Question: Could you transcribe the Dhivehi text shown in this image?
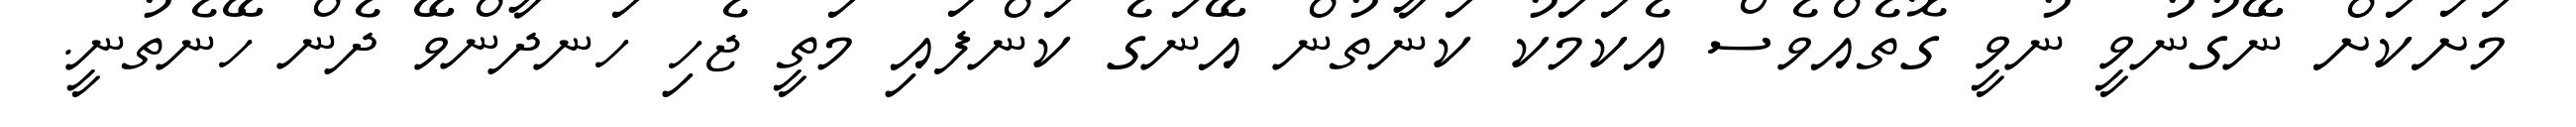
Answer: މަށަކަށް ނޭގުނުވީ ނުވީ ގޮތެއްވެސް އެކަމަކު ކަނާތުން އޭނަގެ ކަންފައި މަތީ ޖެހި ހަނދާންވޭ ދެން ހޭނެތުނީ.